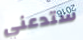
ستدعني